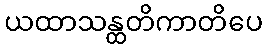
ယထာသန္ထတိကာတိပေ